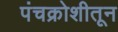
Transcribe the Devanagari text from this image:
पंचक्रोशीतून